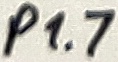
Text: p1.7